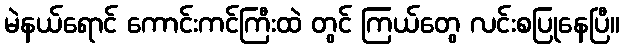
မဲနယ်ရောင် ကောင်းကင်ကြီးထဲ တွင် ကြယ်တွေ လင်းစပြုနေပြီ။